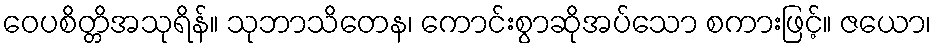
ဝေပစိတ္တိအသုရိန်။ သုဘာသိတေန၊ ကောင်းစွာဆိုအပ်သော စကားဖြင့်။ ဇယော၊